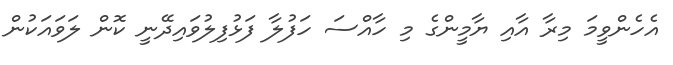
އެހެންވީމަ މިރާ އާއި ޔާމީންގެ މި ހާއްސަ ހަފުލާ ފަޅުފިލުވައިދޭނީ ކޮން ލަވައަކުން